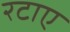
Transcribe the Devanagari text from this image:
रटाए